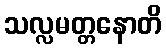
သလ္လမတ္တနောတိ